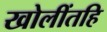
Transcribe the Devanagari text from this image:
खोलींतहि